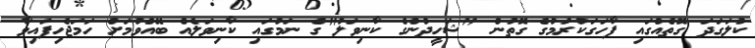
ކުލަގަދަ ގޮތެއްގައި ފާހަގަކުރުމުގެ ގޮތުން "ޝަހީދުންގެ ކާނިވަލު"ގެ ނަމުގައި ކާނިވަލެއް ބޭއްވުމަށް ހަމަޖެހިފައިވާ